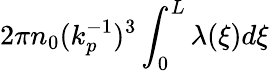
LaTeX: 2\pi n_{0}(k_{p}^{-1})^{3}\int_{0}^{L}\lambda(\xi)d\xi